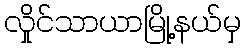
လှိုင်သာယာမြို့နယ်မှ